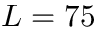
L = 7 5